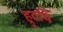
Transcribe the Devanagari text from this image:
ह्रुदयिं